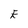
Character: E